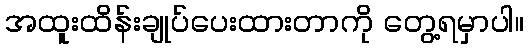
အထူးထိန်းချုပ်ပေးထားတာကို တွေ့ရမှာပါ။